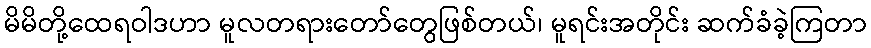
မိမိတို့ထေရဝါဒဟာ မူလတရားတော်တွေဖြစ်တယ်၊ မူရင်းအတိုင်း ဆက်ခံခဲ့ကြတာ